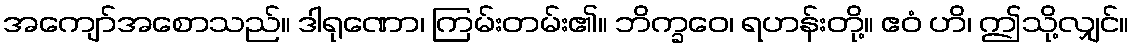
အကျော်အစောသည်။ ဒါရုဏော၊ ကြမ်းတမ်း၏။ ဘိက္ခဝေ၊ ရဟန်းတို့။ ဧဝံ ဟိ၊ ဤသို့လျှင်။